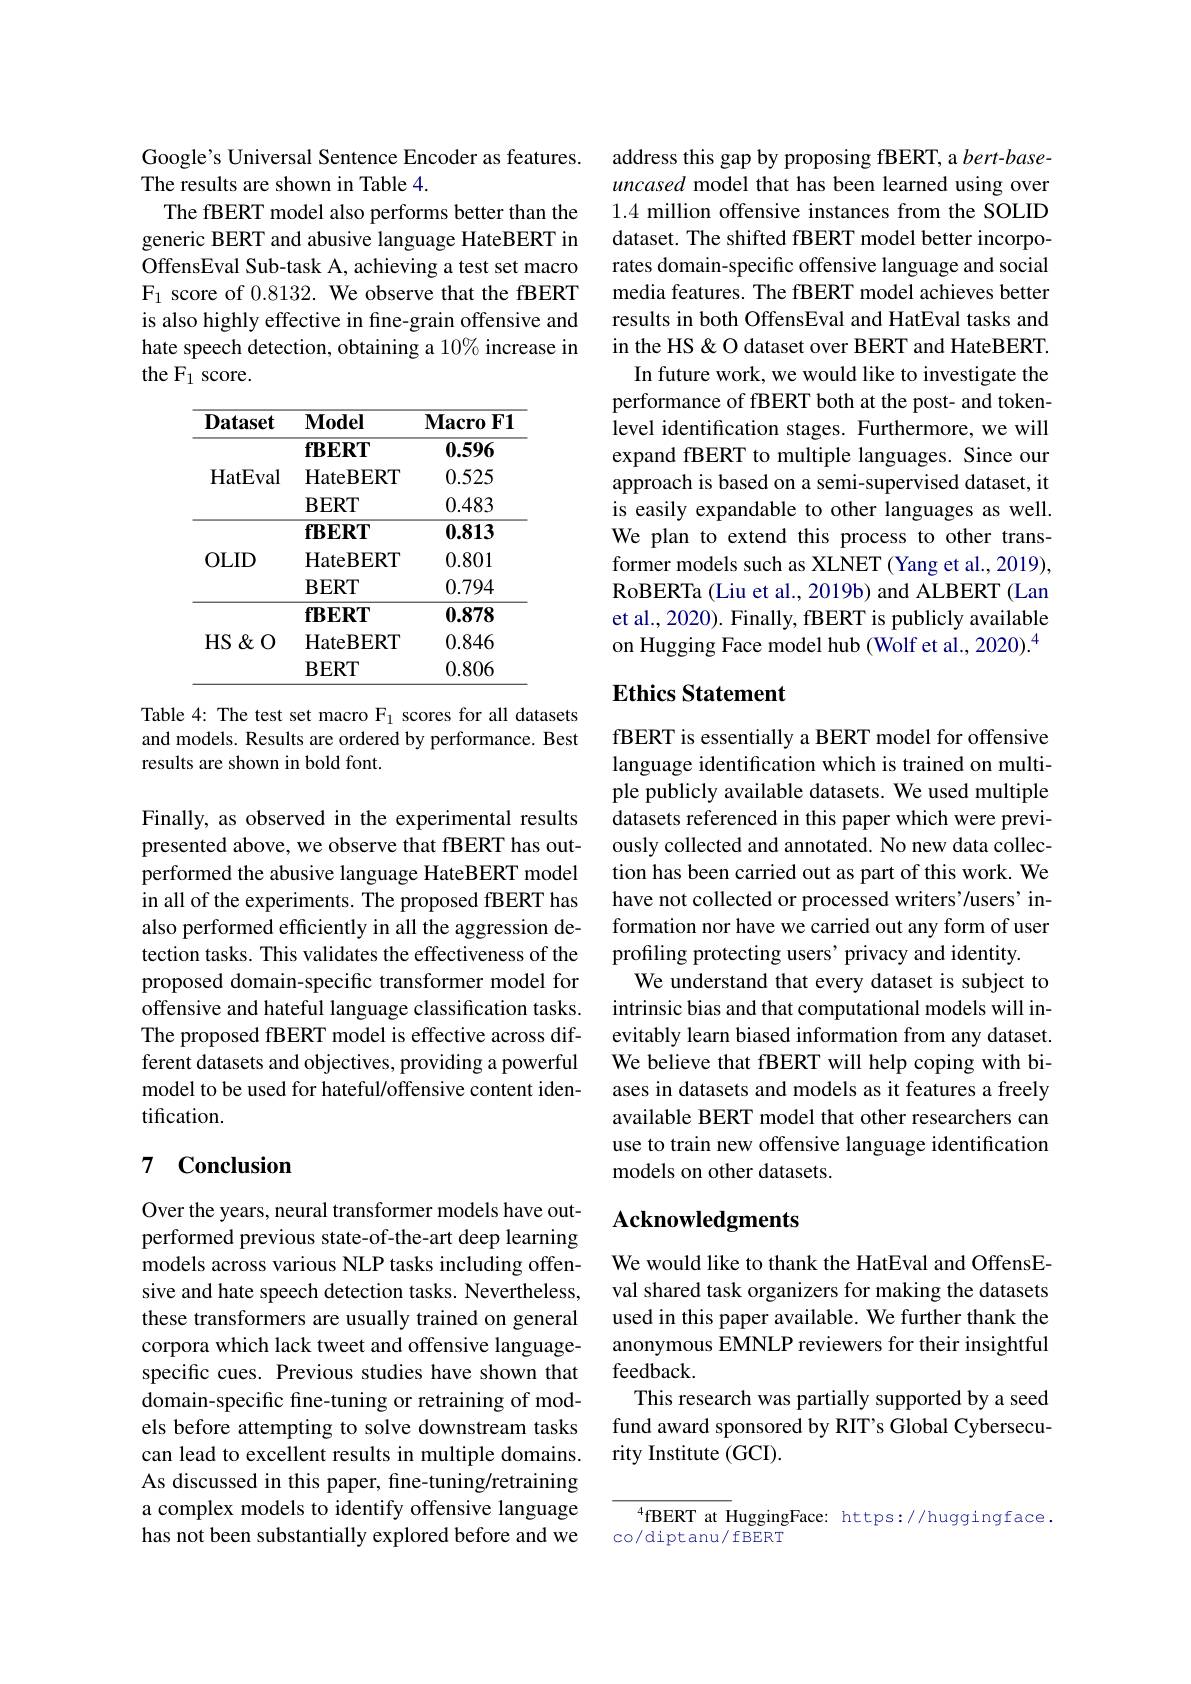
Google's Universal Sentence Encoder as features.
The results are shown in Table 4.
The fBERT model also performs better than the generic BERT and abusive language HateBERT in OffensEval Sub-task A, achieving a test set macro F_1 score of 0.8132. We observe that the fBERT is also highly effective in fine-grain offensive and hate speech detection, obtaining a 10% increase in the F1 score.

<table>
	<tbody>
		<tr>
			<th>$\mathbf{Dataset}$</th>
			<th>$\mathbf{Model}$</th>
			<th>$\mathbf{Macro}$ $\mathbf{F1}$</th>
		</tr>
		<tr>
			<td rowspan="3">HatEval</td>
			<td>$\mathbf{fBERT}$</td>
			<td>0.596</td>
		</tr>
		<tr>
			<td>HateBERT</td>
			<td>0.525</td>
		</tr>
		<tr>
			<td>$\mathbf{BERT}$</td>
			<td>0.483</td>
		</tr>
		<tr>
			<td rowspan="3">OLID</td>
			<td>$\mathbf{fBERT}$</td>
			<td>0.813</td>
		</tr>
		<tr>
			<td>HateBERT</td>
			<td>0.801</td>
		</tr>
		<tr>
			<td>$\mathbf{BERT}$</td>
			<td>0.794</td>
		</tr>
		<tr>
			<td> </td>
			<td>$\mathbf{fBERT}$</td>
			<td>0.878</td>
		</tr>
		<tr>
			<td rowspan="2">HS $\&$ O</td>
			<td>HateBERT</td>
			<td>0.846</td>
		</tr>
		<tr>
			<td>$\mathbf{BERT}$</td>
			<td>0.806</td>
		</tr>
	</tbody>
</table>

Table 4: The test set macro $\mathrm{F}_1$ scores for all datasets and models. Results are ordered by performance. Best results are shown in bold font.

Finally, as observed in the experimental results presented above, we observe that fBERT has outperformed the abusive language HateBERT model in all of the experiments. The proposed fBERT has also performed efficiently in all the aggression detection tasks. This validates the effectiveness of the proposed domain-specific transformer model for offensive and hateful language classification tasks. The proposed fBERT model is effective across different datasets and objectives, providing a powerful model to be used for hateful/offensive content identification.

## 7 Conclusion

Over the years, neural transformer models have outperformed previous state-of-the-art deep learning models across various NLP tasks including offensive and hate speech detection tasks. Nevertheless, these transformers are usually trained on general corpora which lack tweet and offensive languagespecific cues. Previous studies have shown that domain-specific fine-tuning or retraining of models before attempting to solve downstream tasks can lead to excellent results in multiple domains. As discussed in this paper, fine-tuning/retraining a complex models to identify offensive language has not been substantially explored before and we

address this gap by proposing fBERT, a bert-baseuncased model that has been learned using over 1.4 million offensive instances from the SOLID dataset. The shifted fBERT model better incorporates domain-specific offensive language and social media features. The fBERT model achieves better results in both OffensEval and HatEval tasks and in the HS & O dataset over BERT and HateBERT.
In future work, we would like to investigate the performance of fBERT both at the post- and tokenlevel identification stages. Furthermore, we will expand fBERT to multiple languages. Since our approach is based on a semi-supervised dataset, it is easily expandable to other languages as well. We plan to extend this process to other transformer models such as XLNET (Yang et al., 2019), RoBERTa (Liu et al., 2019b) and ALBERT (Lan et al., 2020). Finally, fBERT is publicly available on Hugging Face model hub (Wolf et al., 2020).$^{4}$

## Ethics Statement

fBERT is essentially a BERT model for offensive language identification which is trained on multiple publicly available datasets. We used multiple datasets referenced in this paper which were previously collected and annotated. No new data collection has been carried out as part of this work. We have not collected or processed writers'/users' information nor have we carried out any form of user profiling protecting users' privacy and identity.
We understand that every dataset is subject to intrinsic bias and that computational models will inevitably learn biased information from any dataset. We believe that fBERT will help coping with biases in datasets and models as it features a freely available BERT model that other researchers can use to train new offensive language identification models on other datasets.

## Acknowledgments

We would like to thank the HatEval and OffensEval shared task organizers for making the datasets used in this paper available. We further thank the anonymous EMNLP reviewers for their insightful feedback.
This research was partially supported by a seed fund award sponsored by RIT's Global Cybersecurity Institute (GCI).

$^{4}$fBERT at HuggingFace: https://huggingface.
co/diptanu/ fBERT